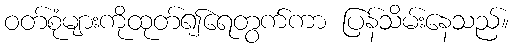
ဝတ်စုံများကိုထုတ်၍ရေတွက်ကာ ပြန်သိမ်းနေသည်။